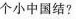
个小中国结?